Leaving Certificate Examination (including Day School Certificate (Higher) General paper), 1939
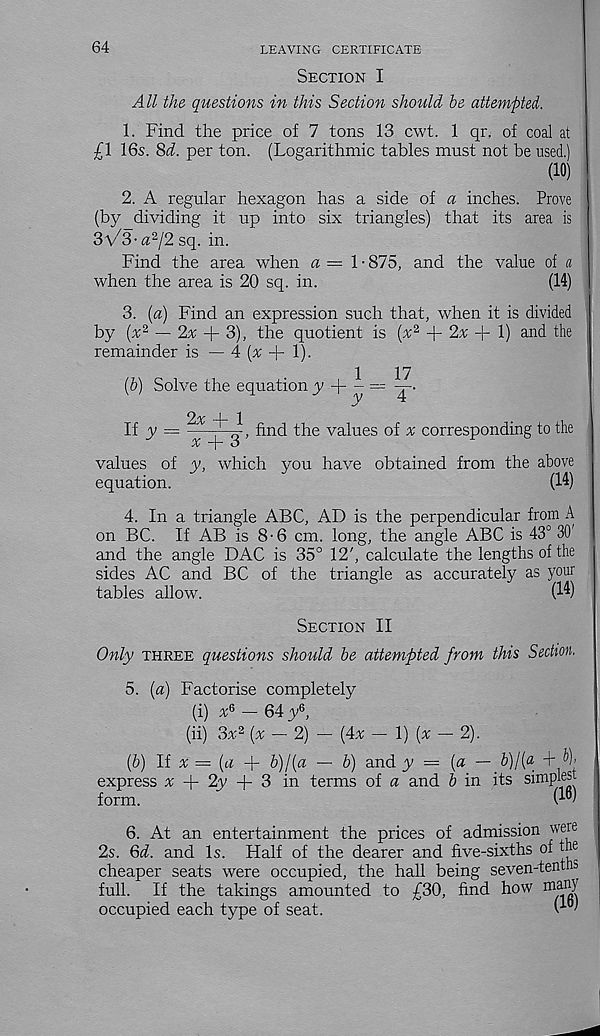
64
leaving Certificate-
Section I
All the questions in this Section should be attempted.
1. Find the price of 7 tons 13 cwt. 1 qr. of coal at
£1 16s. 8d. per ton. (Logarithmic tables must not be used.)
(10)
2. A regular hexagon has a side of a inches. Prove
(by dividing it up into six triangles) that its area is
3\/3-« 2 /2sq. in.
Find the area when « = 1 • 875, and the value of a
when the area is 20 sq. in.
(14)
3. (a) Find an expression such that, when it is divided
by (x 2 — 2^ + 3), the quotient is {x 2 -f 2% -j- 1) an d the
remainder is — 4 (2; -b !)■
1
17
(b) Solve the equation y
li y =
2x + 1
.v + 3 ’
find the values of % corresponding to the
values of y, which you have obtained from the above
equation.
(14)
4. In a triangle ABC, AD is the perpendicular from A
on BC. If AB is 8-6 cm. long, the angle ABC is 43° 30'
and the angle DAC is 35° 12', calculate the lengths of the
sides AC and BC of the triangle as accurately as your
tables allow.
(14)
Section II
Only three questions should be attempted from this Section.
5. (a) Factorise completely
(i) x G — 64 y 6 ,
(ii) 3x 2 (% — 2) — (4x — 1) (x — 2).
(b) If x = (a + b)l(a — b) and y = {a — b)l(a -M)>
express % + 2y + 3 in terms of a and 5 in its simplest
form.
( 10 )
6. At an entertainment the prices of admission were
2s. Qd. and Is. Half of the dearer and five-sixths of the
cheaper seats were occupied, the hall being seven-tenths
full. If the takings amounted to £30, find how many
occupied each type of seat.
( i0^